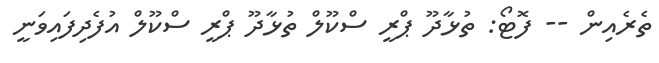
ތެރެއިން -- ފޮޓޯ: ތުޅާދޫ ޕްރީ ސްކޫލް ތުޅާދޫ ޕްރީ ސްކޫލް އުފެދިފައިވަނީ